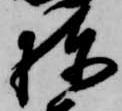
棟